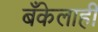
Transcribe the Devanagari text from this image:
बँकेलाही